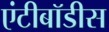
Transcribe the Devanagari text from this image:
एंटीबॉडीस